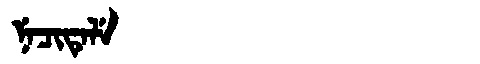
Manchu: ᠨᡝᠴᡳᡨᡝᠯᡝ
Romanization: NECITELE